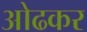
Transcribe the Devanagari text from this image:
ओढकर